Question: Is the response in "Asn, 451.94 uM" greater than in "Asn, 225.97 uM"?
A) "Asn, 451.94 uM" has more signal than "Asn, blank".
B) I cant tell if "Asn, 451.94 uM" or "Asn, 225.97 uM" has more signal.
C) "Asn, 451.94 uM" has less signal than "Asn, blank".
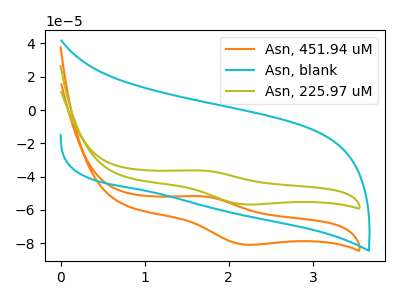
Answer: <think>The orange curve "Asn, 451.94 uM" has an anodic peak at (1.65V, -51.80uA) and a cathodic peak at (2.20V, -80.90uA). The cyan curve "Asn, blank" has no peaks. The olive curve "Asn, 225.97 uM" has an anodic peak at (1.65V, -36.35uA) and a cathodic peak at (2.20V, -56.75uA).
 All the peaks in "Asn, 451.94 uM" have a peak in "Asn, 225.97 uM" at the same potential.</think>
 <answer>B) I cant tell if "Asn, 451.94 uM" or "Asn, 225.97 uM" has more signal.</answer>
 <eval>B</eval>